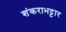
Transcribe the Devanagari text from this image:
शंकराभट्टार